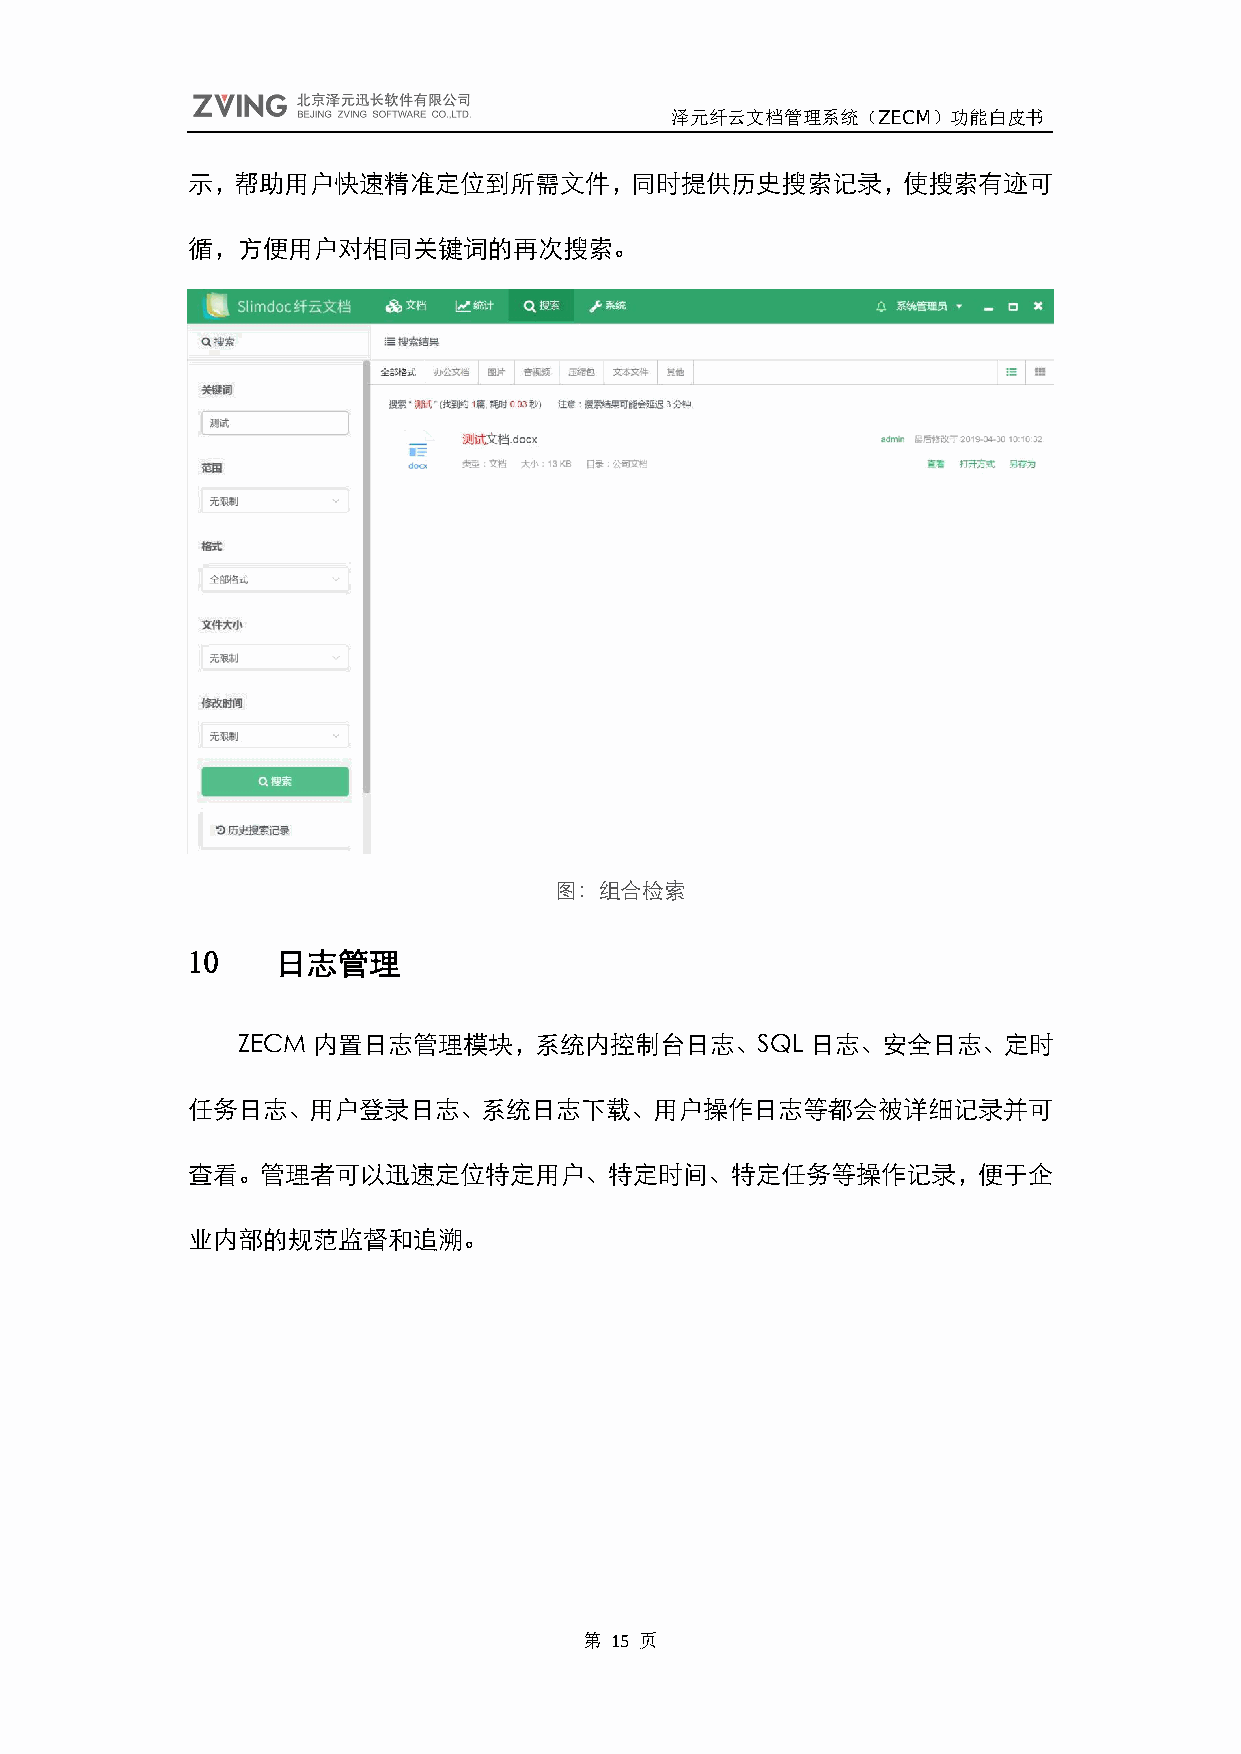
泽元纤云文档管理系统（ZECM）功能白皮书
 示，帮助用户快速精准定位到所需文件，同时提供历史搜索记录，使搜索有迹可
 循，方便用户对相同关键词的再次搜索。
 图：组合检索
 10    日志管理
 ZECM 内置日志管理模块，系统内控制台日志、SQL            日志、安全日志、定时
 任务日志、用户登录日志、系统日志下载、用户操作日志等都会被详细记录并可
 查看。管理者可以迅速定位特定用户、特定时间、特定任务等操作记录，便于企
 业内部的规范监督和追溯。
 第 15 页